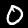
Label: 0